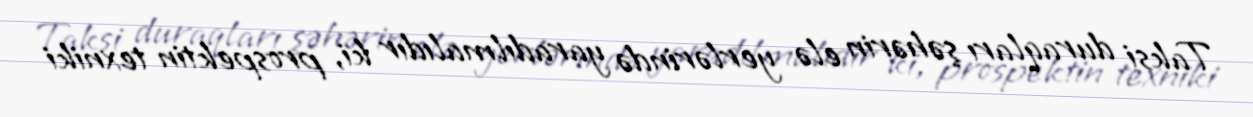
Taksi duraqları şəhərin elə yerlərində yaradılmalıdır ki, prospektin texniki